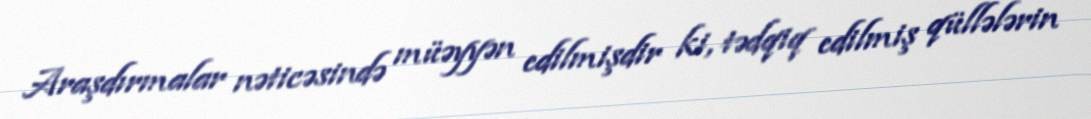
Araşdırmalar nəticəsində müəyyən edilmişdir ki, tədqiq edilmiş qüllələrin